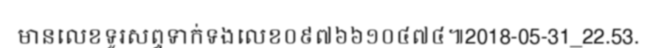
មានលេខទូរសព្ទទាក់ទងលេខ០៩៧៦៦១០៤៧៤៕2018-05-31_22.53.